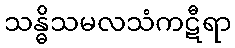
သန္ဓိသမလသံကဋီရာ